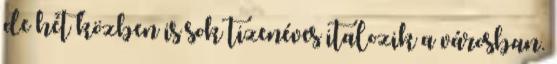
de hét közben is sok tizenéves italozik a városban.